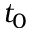
t _ { 0 }